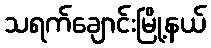
သရက်ချောင်းမြို့နယ်